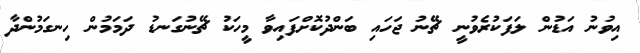
އިވުނު އަޑުން ލަފަކުރެވުނީ ޗޭނު ޖަހައި ބަންދުކޮށްފައިވާ މީހަކު ޗޭނުގަނޑު ދަމަމުން ހިނގަމުންދާ